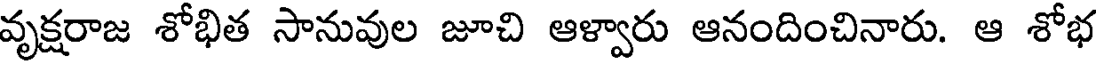
వృక్షరాజ శోభిత సానువుల జూచి ఆళ్వారు ఆనందించినారు. ఆ శోభ